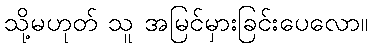
သို့မဟုတ် သူ အမြင်မှားခြင်းပေလော။